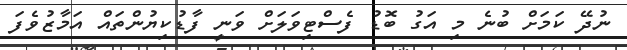
ނުދޭ ކަމަށް ބުނެ މި އަގު ބޮޑު ފެސްޓިވަލަށް ވަނީ ފާޑުކިޔުންތައް އަމާޒުވެފަ